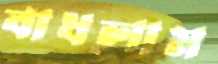
বাধলাম